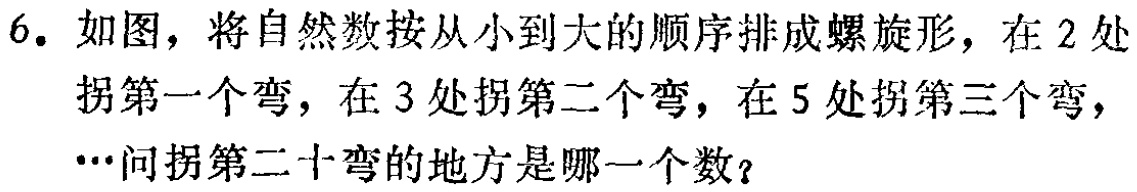
6. 如图，将自然数按从小到大的顺序排成螺旋形，在 2 处拐第一个弯，在 3 处拐第二个弯，在 5 处拐第三个弯，…问拐第二十弯的地方是哪一个数？